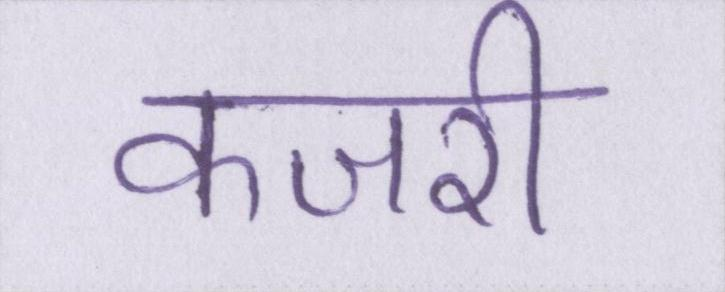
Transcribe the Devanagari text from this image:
कजरी